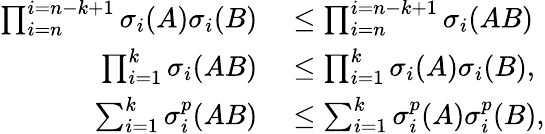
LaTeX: \begin{array}{rl}{\prod_{i=n}^{i=n-k+1}\sigma_{i}(A)\sigma_{i}(B)}&{{}\leq\prod_{i=n}^{i=n-k+1}\sigma_{i}(AB)}\\ {\prod_{i=1}^{k}\sigma_{i}(AB)}&{{}\leq\prod_{i=1}^{k}\sigma_{i}(A)\sigma_{i}(B),}\\ {\sum_{i=1}^{k}\sigma_{i}^{p}(AB)}&{{}\leq\sum_{i=1}^{k}\sigma_{i}^{p}(A)\sigma_{i}^{p}(B),}\end{array}